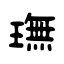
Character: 璑